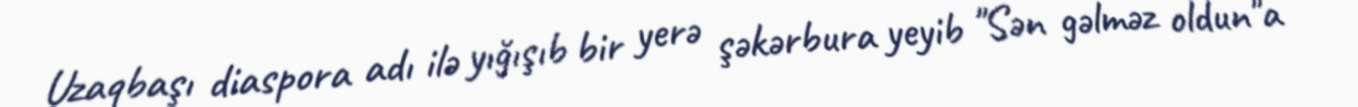
Uzaqbaşı diaspora adı ilə yığışıb bir yerə şəkərbura yeyib "Sən gəlməz oldun"a